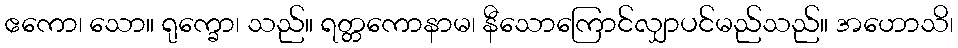
ဧကော၊ သော။ ရုက္ခော၊ သည်။ ရတ္တကောနာမ၊ နီသောကြောင်လျှာပင်မည်သည်။ အဟောသိ၊